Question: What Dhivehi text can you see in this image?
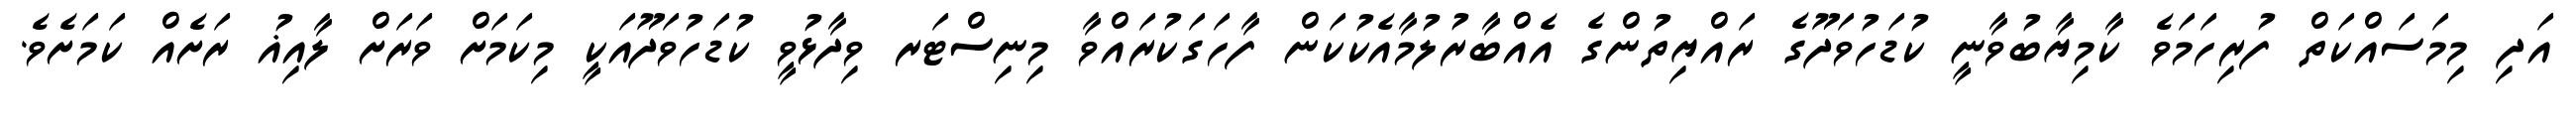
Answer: އަދި މިމަސައްކަތް ފުރިހަމަވެ ކާމިޔާބުވާނީ ކުޑަހުވަދޫގެ ރައްޔިތުންގެ އެއްބާރުލުމާއެކުކަން ފާހަގަކުރައްވާ މިނިސްޓަރ ވިދާޅުވީ ކުޑަހުވަދޫއަކީ މިކަމަށް ވަރަށް ލާއިޣު ރަށެއް ކަމަށެވެ.